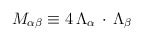
\begin{align*}M_{\alpha \beta} \equiv 4 \, \Lambda_\alpha \, \cdot \, \Lambda_\beta\end{align*}